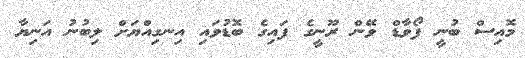
މޮއިސް ބުނީ ފޯވާޑް ވޭން ރޫނީގެ ފައިގެ ބޮޑުވައި އިނގިއްޔަށް ލިބުނު އަނިޔާ